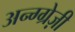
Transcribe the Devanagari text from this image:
अन्ग्ग्रेज़ी